Papers set at the Examination for Leaving Certificates, 1894
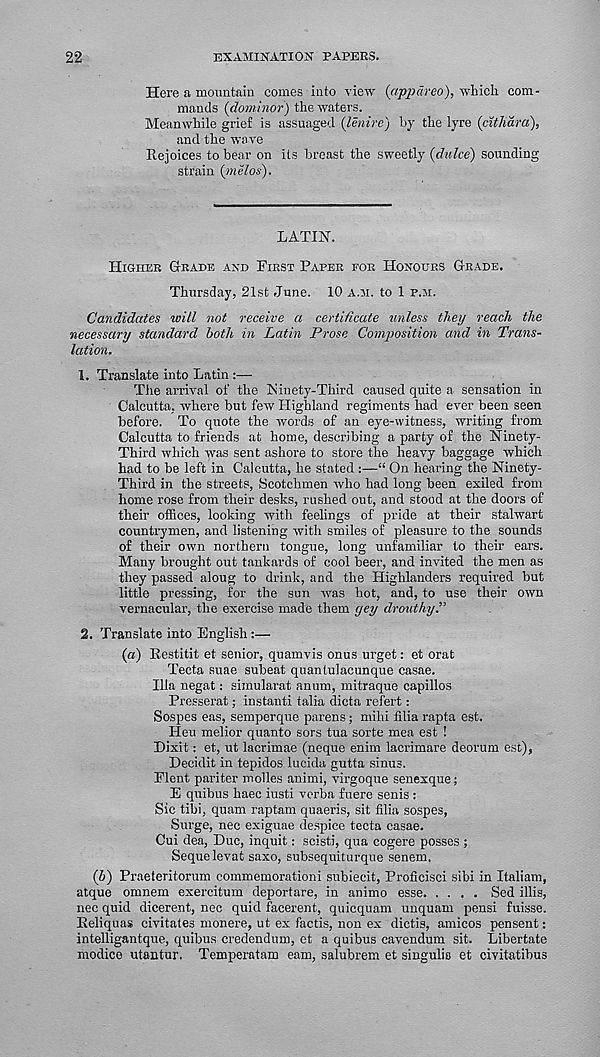
22
EXAMINATION PAPERS.
Here a mountain comes into view (appareo), which com-
mands (dominor) the waters.
Meanwhile grief is assuaged (lenire) by the lyre [cithara],
and the wave
Rejoices to bear on its breast the sweetly (dulce) sounding
strain (melos).
LATIN.
Higher Grade and First Paper for Honours Grade.
Thursday, 21st June. 10 a.m. to 1 p.m.
Candidates tvill not receive a certificate unless they reach the
necessary standard both in Latin Prose Composition and in Trans-
lation.
1. Translate into Latin :—•
The arrival of the Ninety-Third caused quite a sensation in
Calcutta, where but few Highland regiments had ever been seen
before. To quote the words of an eye-witness, writing from
Calcutta to friends at home, describing a party of the Ninety-
Third which was sent ashore to store the heavy baggage which
had to be left in Calcutta, he stated :—“ On hearing the Ninety-
Third in the streets, Scotchmen who had long been exiled from
home rose from their desks, rushed out, and stood at the doors of
their offices, looking with feelings of pride at their stalwart
countrymen, and listening with smiles of pleasure to the sounds
of their own northern tongue, long unfamiliar to their ears.
Many brought out tankards of cool beer, and invited the men as
they passed aloug to drink, and the Highlanders required but
little pressing, for the sun was hot, and, to use their own
vernacular, the exercise made them yey drouthy.”
2. Translate into English:—
(a) Restitit et senior, quamvis onus urget: et orat
Tecta suae subeat quantulacunque casae.
Ilia negat: simularat anum, mitraque capillos
Presserat; instanti talia dicta refert:
Sospes eas, semperque parens; mihi Alia rapta est.
Heu melior quanto sors tua sorte mea est !
Dixit: et, ut lacrimae (neque enim lacrimare deorum est),
Decidit in tepidos lucida gutta sinus.
Flent pariter molles animi, virgoque senexque;
E quibus haec iusti verba fuere senis :
Sic tibi, quam raptam quaeris, sit Alia sospes,
Surge, nec exiguae despice tecta casae.
Cui dea, Due, inquit: scisti, qua cogere posses;
Sequelevat saxo, subsequiturque senem.
(b) Praeteritorum commemorationi subiecit, ProAcisci sibi in Italiam,
atque omnem exercitum deportare, in animo esse
Sed illis,
nec quid dicerent, nec quid facerent, quicquam unquam pensi fuisse.
Reliquas civitates monere, ut ex factis, non ex dictis, amicos pensent:
intelligantque, quibus credendum, et a quibus cavendum sit. Libertate
modice utantur. Temperatam earn, salubrem et singulis et civitatibus